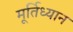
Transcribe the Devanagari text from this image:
मूर्तिध्यान